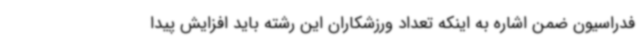
فدراسیون ضمن اشاره به اینکه تعداد ورزشکاران این رشته باید افزایش پیدا